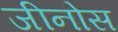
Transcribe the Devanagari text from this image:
जीनोस